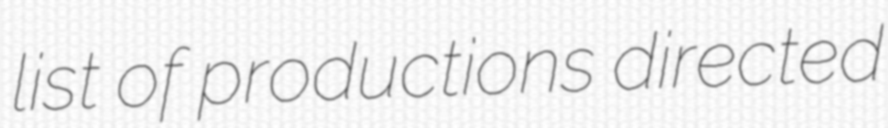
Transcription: list of productions directed